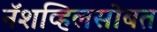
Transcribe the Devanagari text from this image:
नॅशव्हिलसोबत